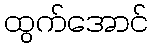
ထွက်အောင်